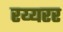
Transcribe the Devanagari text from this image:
रय्यरर